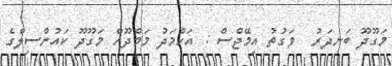
މަގޫދޫ ބަނދަރު  ވަގުތު އިމޭޖްސް : އަހްމަދު މަމްދޫހް މަގޫދޫ ކައުންސިލްގެ